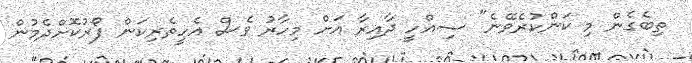
ތިބެގެން މި ކަންކުރެވޭނެ" ސިއްހީ ދާއިރާ އަށް މިހާރު ވެސް އެހީތެރިކަން ފޯރުކޮށްދެމުން